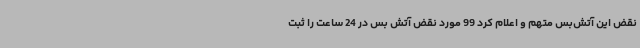
نقض این آتش‌بس متهم و اعلام کرد 99 مورد نقض آتش بس در 24 ساعت را ثبت